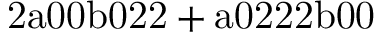
\mathrm { 2 a 0 0 b 0 2 2 + a 0 2 2 2 b 0 0 }